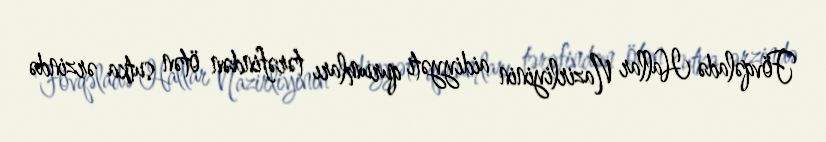
Fövqəladə Hallar Nazirliyinin aidiyyəti qurumları tərəfindən ötən sutka ərzində